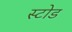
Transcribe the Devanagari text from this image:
स्टोड